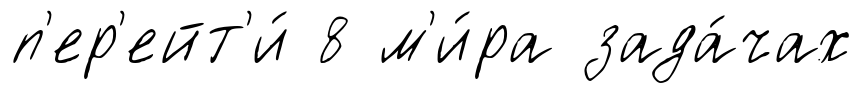
п'ер'ейт'и́ 8 м'и́ра зада́чах